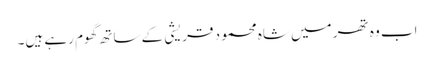
اب وہ تھر میں شاہ محمود قریشی کے ساتھ گھوم رہے ہیں۔